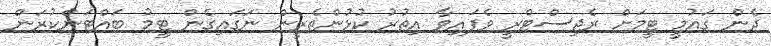
ދެން ގައުމީ ޓީމަށް ރެޖިސްޓްރީ ވެފައިވާ އިތުރު ކުޅުންތެރީން ނަގައިގެން ޓީމު ބައްޓަންކުރަން